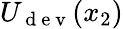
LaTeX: U_{\mathrm{~d~e~v~}}(x_{2})